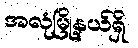
အလုံမြို့နယ်ရှိ